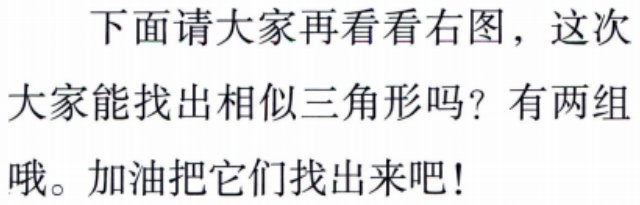
下面请大家再看看右图，这次大家能找出相似三角形吗？有两组哦。加油把它们找出来吧！